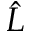
\hat { L }